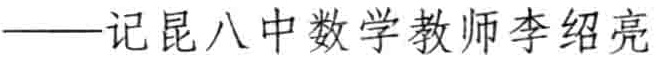
——记昆八中数学教师李绍亮